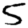
Digit: 5